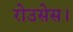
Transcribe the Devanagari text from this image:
रोउसेस।